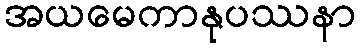
အယမေကာနုပဿနာ